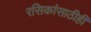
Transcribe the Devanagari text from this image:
रसिकांसाठीही